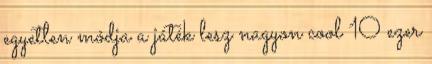
egyetlen módja a játék lesz nagyon cool 10 ezer